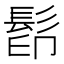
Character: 𩬵